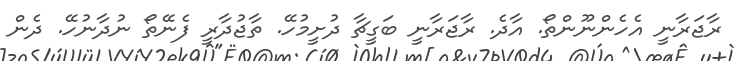
ރާޖަރާނީ އެހެންނޫންތޯ. އާދެ. ރާޖަރާނީ ބަގީޗާ ދުށީމުހޭ. ތާޖުދާރީ ފެނޭތޯ ނުދާނުހޭ. ދެން